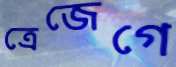
ত্রেজেগে